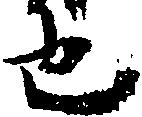
也